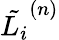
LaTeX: \tilde{L_{i}}^{(n)}